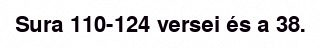
Sura 110-124 versei és a 38.